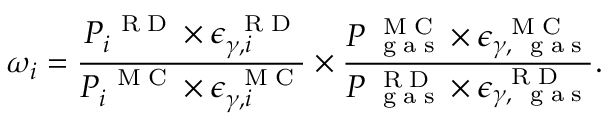
\omega _ { i } = \frac { { P _ { i } ^ { \mathrm { ~ \tiny ~ R ~ D ~ } } \times \epsilon _ { \gamma , i } ^ { \mathrm { ~ \tiny ~ R ~ D ~ } } } } { { P _ { i } ^ { \mathrm { ~ \tiny ~ M ~ C ~ } } \times \epsilon _ { \gamma , i } ^ { \mathrm { ~ \tiny ~ M ~ C ~ } } } } \times \frac { { P _ { \mathrm { ~ \tiny ~ g ~ a ~ s ~ } } ^ { \mathrm { ~ \tiny ~ M ~ C ~ } } \times \epsilon _ { \gamma , \mathrm { ~ \tiny ~ g ~ a ~ s ~ } } ^ { \mathrm { ~ \tiny ~ M ~ C ~ } } } } { { P _ { \mathrm { ~ \tiny ~ g ~ a ~ s ~ } } ^ { \mathrm { ~ \tiny ~ R ~ D ~ } } \times \epsilon _ { \gamma , \mathrm { ~ \tiny ~ g ~ a ~ s ~ } } ^ { \mathrm { ~ \tiny ~ R ~ D ~ } } } } .